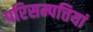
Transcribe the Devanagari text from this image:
परिसम्पत्तियां